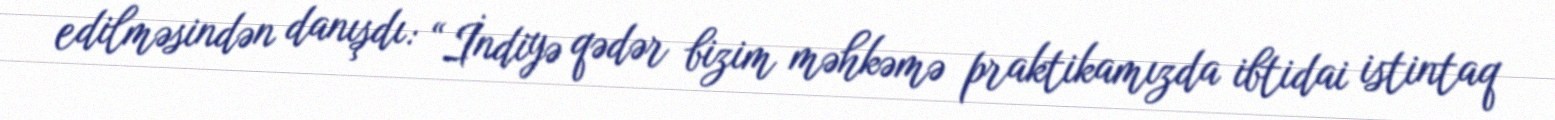
edilməsindən danışdı: “İndiyə qədər bizim məhkəmə praktikamızda ibtidai istintaq